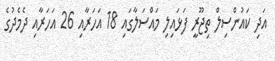
އަދި ކައުންސިލް ތިޖޫރީ ފަޅައިލި މައްސަލާގައި 18 އަހަރާއި 26 އަހަރާއި ދެމެދުގެ